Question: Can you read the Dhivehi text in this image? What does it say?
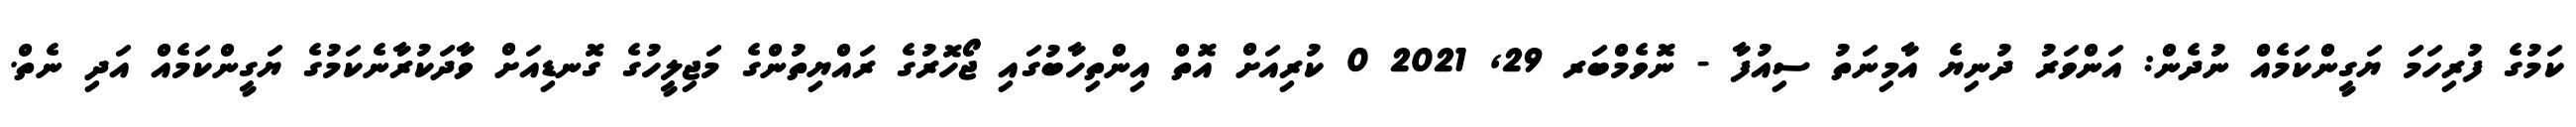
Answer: ކަމުގެ ފުރިހަމަ ޔަގީންކަމެއް ނުދެން: އަންވަރު ދުނިޔެ އާމިނަތު ސިއުފާ - ނޮވެމްބަރ 29, 2021 0 ކުރިއަށް އޮތް އިންތިހާބުގައި ޖޯހޮރުގެ ރައްޔިތުންގެ މަޖިލީހުގެ ގޮނޑިއަށް ވާދަކުރާނެކަމުގެ ޔަގީންކަމެއް އަދި ނެތް.